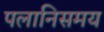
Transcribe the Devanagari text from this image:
पलानिसमय